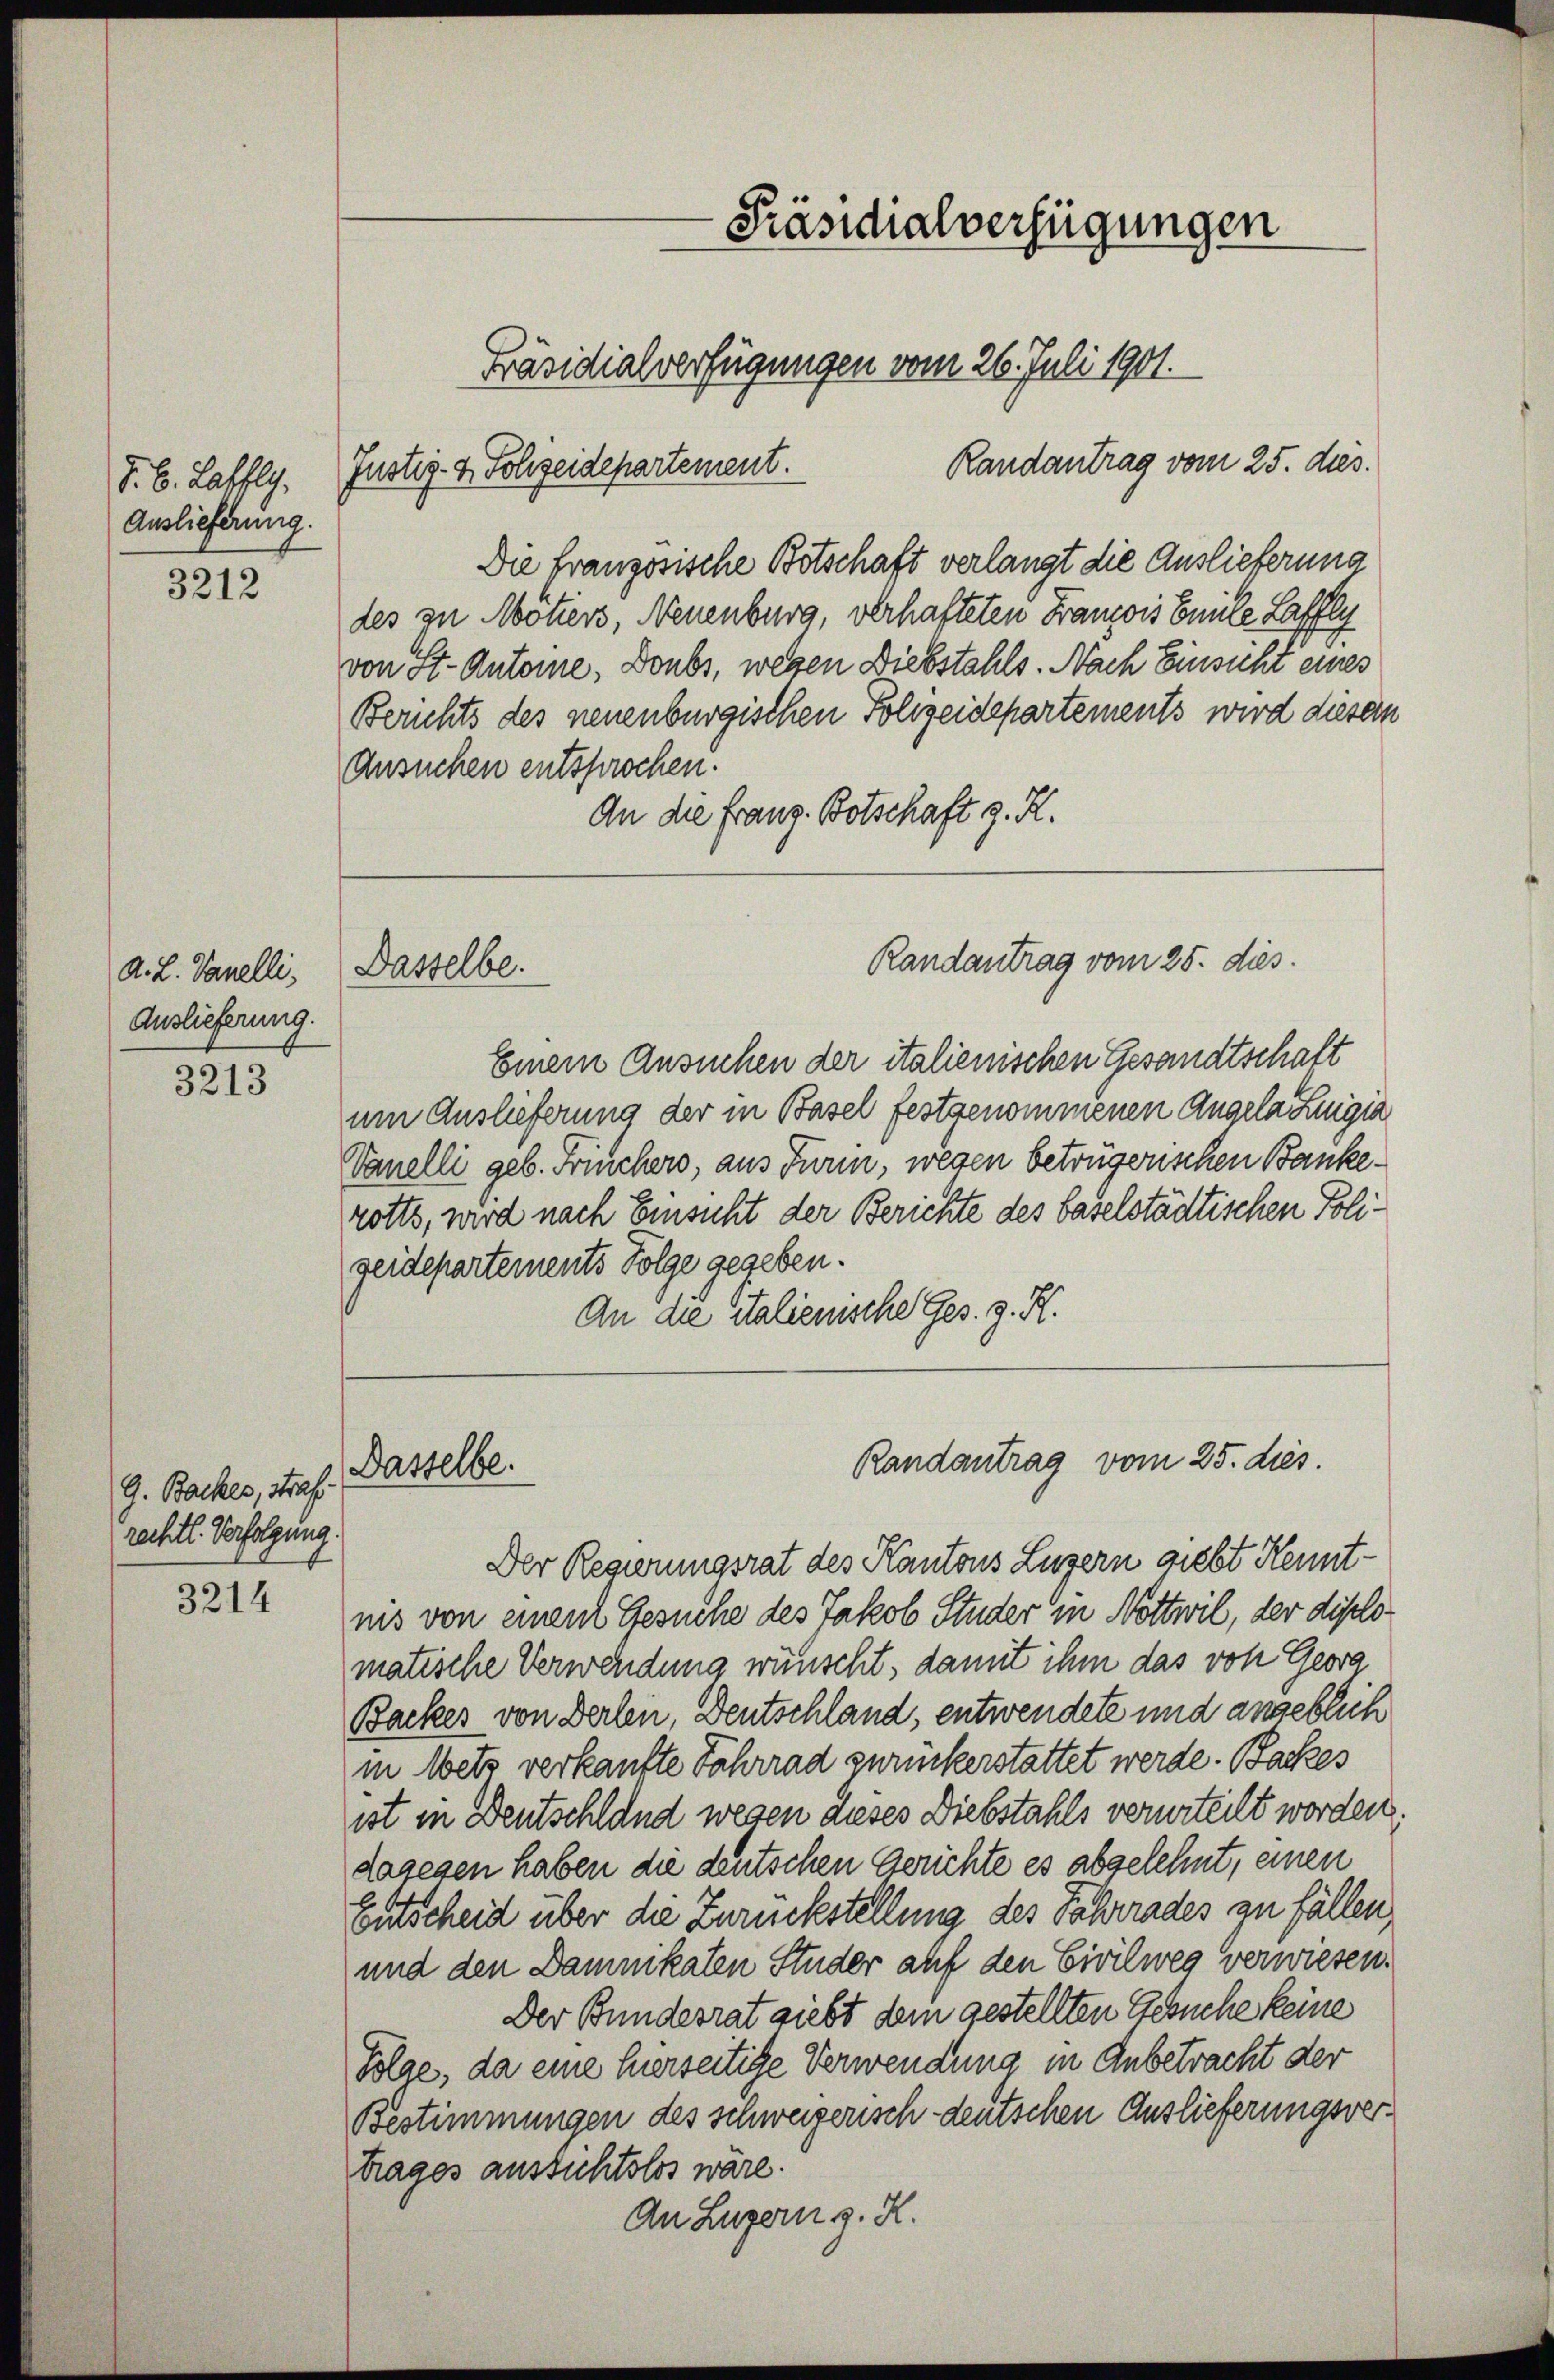
J. B. Laffly.
Auslieferung.

3212

A. L. Vanelli,
Auslieferung.

3213

3214

G. Backer, Straf
rechtl. Verfolgung.

Die Französische Botschaft verlangt die Auslieferung
des zu Mötiers, Neuenburg, verhafteten Franzois Enüle Laffli
von St. Antone, Donbs, wegen Diebstahls. Nach Einsicht eines
Berichts des neuenburgischen Folizeidepartements wird diesen
Ansuchen entsprochen.
An die franz. Botschaft z. R.

Dasselbe.

Einem Ansuchen der italienischen Gesandtschalt
um Auslieferung der in Basel festgenommenen Angela Luigia
Vanelli geb. Friechers, aus Turin, wegen betrügerischen Bankerotts, wird nach Einsicht der Berichte des baselstädtischen Poligeidepartements Folge gegeben.
An die italienische Ges. z. R.

Dasselbe.

Präsidialverfügungen
Präsidialverfügungen vom 26. Juli 1901.
Randantrag vom 25. dies.
Justiz- & Polizeidepartement.

Randantrag vom 25. dies.

Randantrag vom 25. dies.

Der Regierungsrat des Kantons Luzern giebt Kenntnis von einen Gesuche des Jakob Studer in Nottwil, der diplomatische Verwendung wünscht, damit ihm das von Georg
Backes von Berlen, Deutschland, entwendete und angeblich
in Wetz verkaufte Fahrrad zurückerstattet werde. Backes
ist in Deutschland wegen dieses Diebstahls verurteilt worden:
dagegen haben die deutschen Gerichte es abgelehnt, einen
Entscheid über die Zurückstellung des Fahrrades zu fällen
und den Damnikaten Studer auf den Civilweg verwiesen.
Der Bundesrat giebt dem gestellten Gesuche keine
Folge, da eine hierseitige Verwendung in Anbetracht der
Bestimmungen des schweizerisch-deutschen Auslieferungsvertrages aussichtslos wäre.
An Luzern z. R.